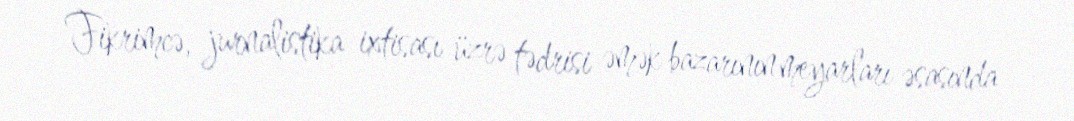
Fikrimcə, jurnalistika ixtisası üzrə tədrisi əmək bazarının meyarları əsasında